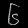
Digit: ၆